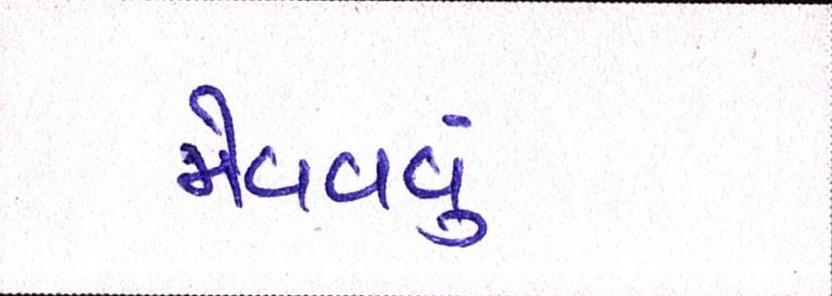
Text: મેળવવું